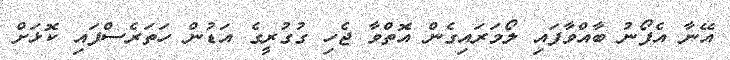
އޭނާ އެފޯނު ބާއްވާފައި ލޯމަރައިގެން އޮތްވާ ޖެހި ގުގުރީގެ އަޑުން ހަތަރެސްފައި ކޮޅަށް